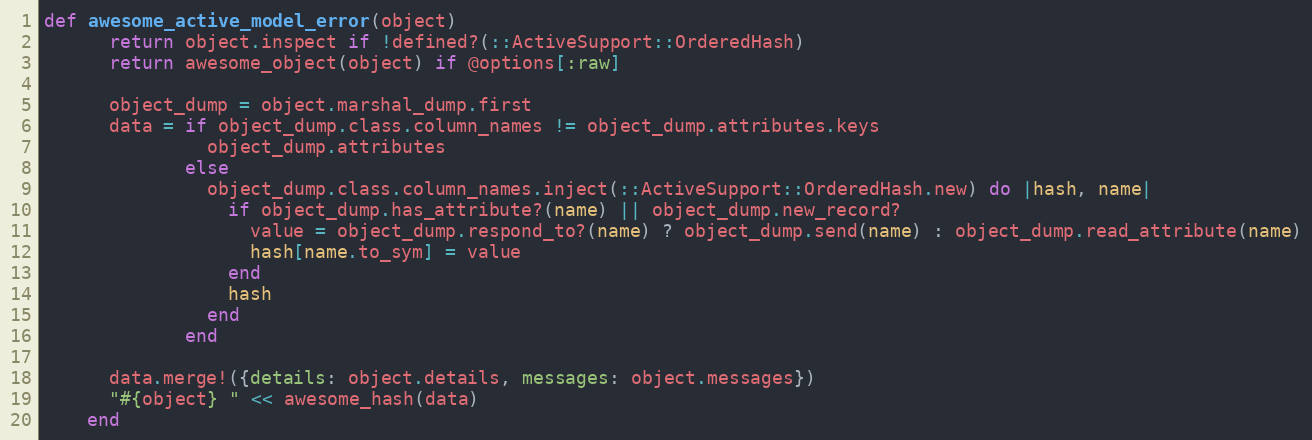
Language: Ruby
def awesome_active_model_error(object)
      return object.inspect if !defined?(::ActiveSupport::OrderedHash)
      return awesome_object(object) if @options[:raw]

      object_dump = object.marshal_dump.first
      data = if object_dump.class.column_names != object_dump.attributes.keys
               object_dump.attributes
             else
               object_dump.class.column_names.inject(::ActiveSupport::OrderedHash.new) do |hash, name|
                 if object_dump.has_attribute?(name) || object_dump.new_record?
                   value = object_dump.respond_to?(name) ? object_dump.send(name) : object_dump.read_attribute(name)
                   hash[name.to_sym] = value
                 end
                 hash
               end
             end

      data.merge!({details: object.details, messages: object.messages})
      "#{object} " << awesome_hash(data)
    end